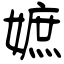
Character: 嫬